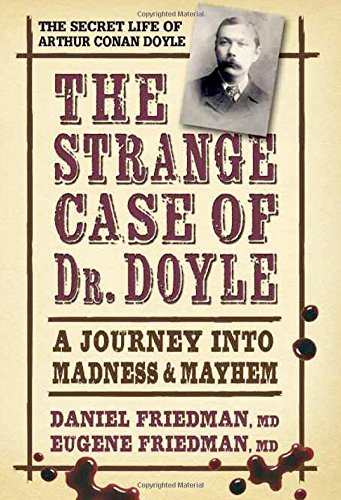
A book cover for The Strange Case of Dr. Doyle: A Journey into Madness & Mayhem; Daniel Friedman  MD; Biographies & Memoirs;